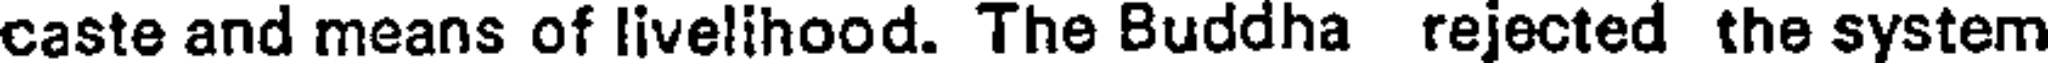
caste and means of livelihood. The Buddha rejected the system